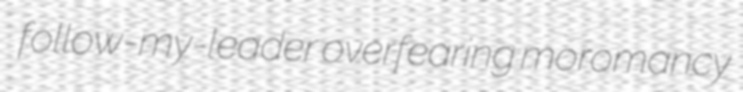
follow-my-leader overfearing moromancy